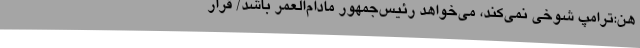
هن:ترامپ شوخی نمی‌کند، می‌خواهد رئیس‌جمهور مادام‌العمر باشد/ قرار